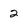
Character: 2